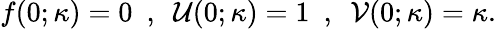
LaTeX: f(0;\kappa)=0~~,~~\mathcal{U}(0;\kappa)=1~~,~~\mathcal{V}(0;\kappa)=\kappa.